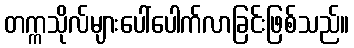
တက္ကသိုလ်များပေါ်ပေါက်လာခြင်းဖြစ်သည်။